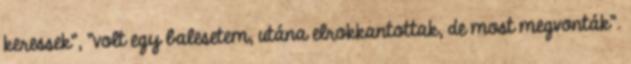
keressek", "volt egy balesetem, utána elrokkantottak, de most megvonták".